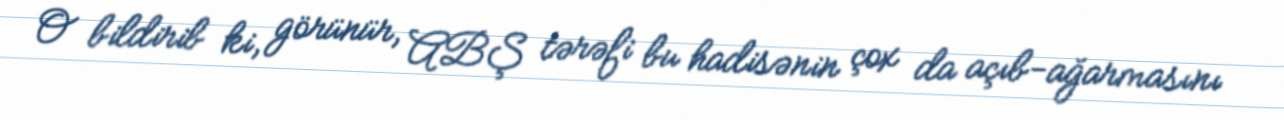
O bildirib ki, görünür, ABŞ tərəfi bu hadisənin çox da açıb-ağarmasını